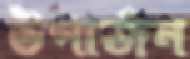
উপার্জন